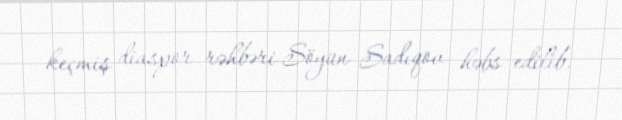
keçmiş diaspor rəhbəri Söyün Sadıqov həbs edilib.